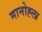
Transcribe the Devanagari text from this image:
मानोह्ला